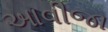
આવીજા